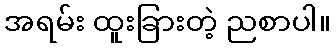
အရမ်း ထူးခြားတဲ့ ညစာပါ။